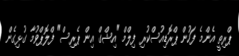
ޕްރިތީ އެންމެ ފަހުން ޕްރޮޑިއުސްކުރި ފިލްމް "އިޝްގް އިން ޕެރިސް" ފްލޮޕްވުމާ ގުޅިގެން